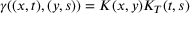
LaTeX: \gamma ( ( x , t ) , ( y , s ) ) = K ( x , y ) K _ { T } ( t , s )